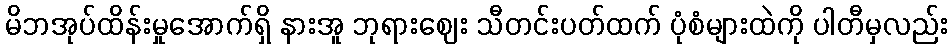
မိဘအုပ်ထိန်းမှုအောက်ရှိ နားအူ ဘုရားဈေး သီတင်းပတ်ထက် ပုံစံများထဲကို ပါတီမှလည်း